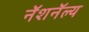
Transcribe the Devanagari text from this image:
नॅशनॅल्य